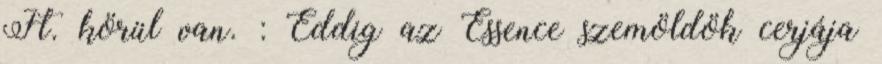
Ft. körül van. : Eddig az Essence szemöldök cerjája